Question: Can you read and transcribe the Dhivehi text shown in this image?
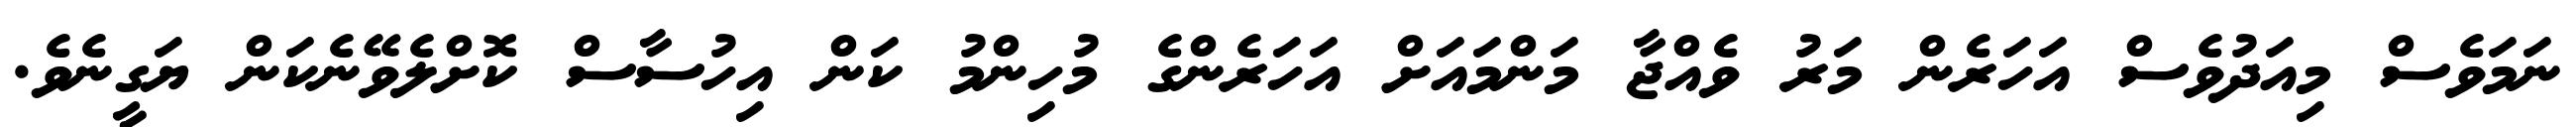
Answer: ނަމަވެސް މިއަދުވެސް އަހަރެން މަރު ވެއްޖާ މަންމައަށް އަހަރެންގެ މުހިންމު ކަން އިހުސާސް ކޮށްލެވޭނެކަން ޔަގީނެވެ.